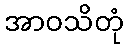
အာဝသိတုံ